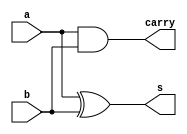
// ------------------------- 
// Exemplo0021  FULL ADDER 
// Nome: Luiz Marques de oliveira
// ------------------------- 
 
 // ------------------------- 
//  half adder 
// ------------------------- 
module halfAdder (output s, 
						output carry,
                  input a,  
                  input b); 

xor (s, a, b);
and (carry, a, b);
 
endmodule // halfAdder 

 
// ------------------------- 
//  full adder 
// ------------------------- 
module fullAdder (output s, 
						output carry,
                  input a,  
                  input b,  
                  input carryIn);
	
	wire s0,carry1,carry2;				
						 
	halfAdder ha(s0,carry1,a,b);
	halfAdder ha1(s,carry2,s0,carryIn);
	or (carry, carry1, carry2);
 
endmodule // fullAdder 

 
module test_fullAdder; 
// ------------------------- definir dados 
      reg [5:0] x; 
      reg [5:0] y; 
      reg  carryIn; 
      wire [5:0] soma; 
      wire  carry;
		
		fullAdder fa1(soma[0],carry,x[0],y[0], carryIn);
		fullAdder fa2(soma[1],carry,x[1],y[1], carryIn);
		fullAdder fa3(soma[2],carry,x[2],y[2], carryIn);
		fullAdder fa4(soma[3],carry,x[3],y[3], carryIn);
		fullAdder fa5(soma[4],carry,x[4],y[4], carryIn);
		fullAdder fa6(soma[5],carry,x[5],y[5], carryIn);
 
// ------------------------- parte principal 
 initial begin 
      $display("Exemplo0021 - Luiz Marques de Oliveira - 417138"); 
      $display("Test ALUs full adder"); 
		#1 x = 6'b000001;  y = 6'b000001;  carryIn = 1'b0;
				
		#1 $display("%6b + %6b = %b Carry: %1b",x,y,soma, carryIn); 
		
		#1 x = 6'b010011;  y = 6'b010101;  carryIn = 1'b0;
		
		#1 $display("%6b + %6b = %b Carry: %1b",x,y,soma, carryIn); 
		
		#1 x = 6'b111111;  y = 6'b000000;  carryIn = 1'b0;
		
		#1 $display("%6b + %6b = %b Carry: %1b",x,y,soma, carryIn); 


 
 // projetar testes do somador complete 
 
 end 
 
endmodule // test_fullAdder